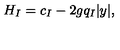
H _ { I } = c _ { I } - 2 g q _ { I } | y | ,